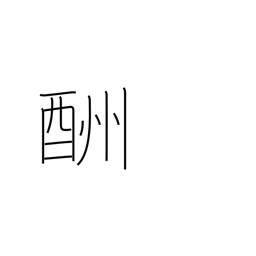
Meaning: retribution